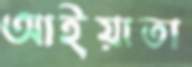
আইয়াতা